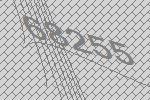
68255